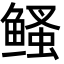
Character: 鳋